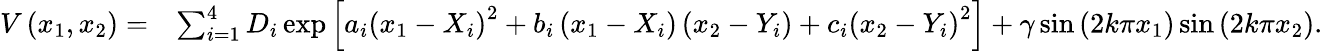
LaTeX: \begin{array}{rl}{V\left(x_{1},x_{2}\right)=}&{\sum_{i=1}^{4}D_{i}\exp\left[a_{i}\left(x_{1}-X_{i}\right)^{2}+b_{i}\left(x_{1}-X_{i}\right)\left(x_{2}-Y_{i}\right)+c_{i}\left(x_{2}-Y_{i}\right)^{2}\right]+\gamma\sin\left(2k\pi x_{1}\right)\sin\left(2k\pi x_{2}\right).}\end{array}